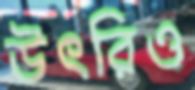
উৎরিও